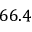
6 6 . 4